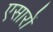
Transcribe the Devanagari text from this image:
एसारों